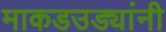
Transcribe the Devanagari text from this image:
माकडउड्यांनी